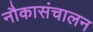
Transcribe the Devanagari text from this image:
नौकासंचालन